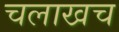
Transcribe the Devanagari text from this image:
चलाखच